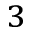
_ 3